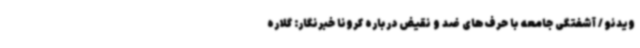
ویدئو / آشفتگی جامعه با حرف‌های ضد و نقیض درباره کرونا خبرنگار: گلاره